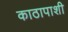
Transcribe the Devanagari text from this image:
काठापाशी